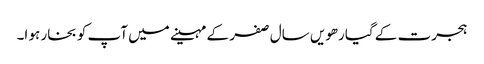
ہجرت کے گیارھویں سال صفر کے مہینے میں آپ کو بخار ہو ا۔